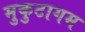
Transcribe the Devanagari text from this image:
मुकुटागम